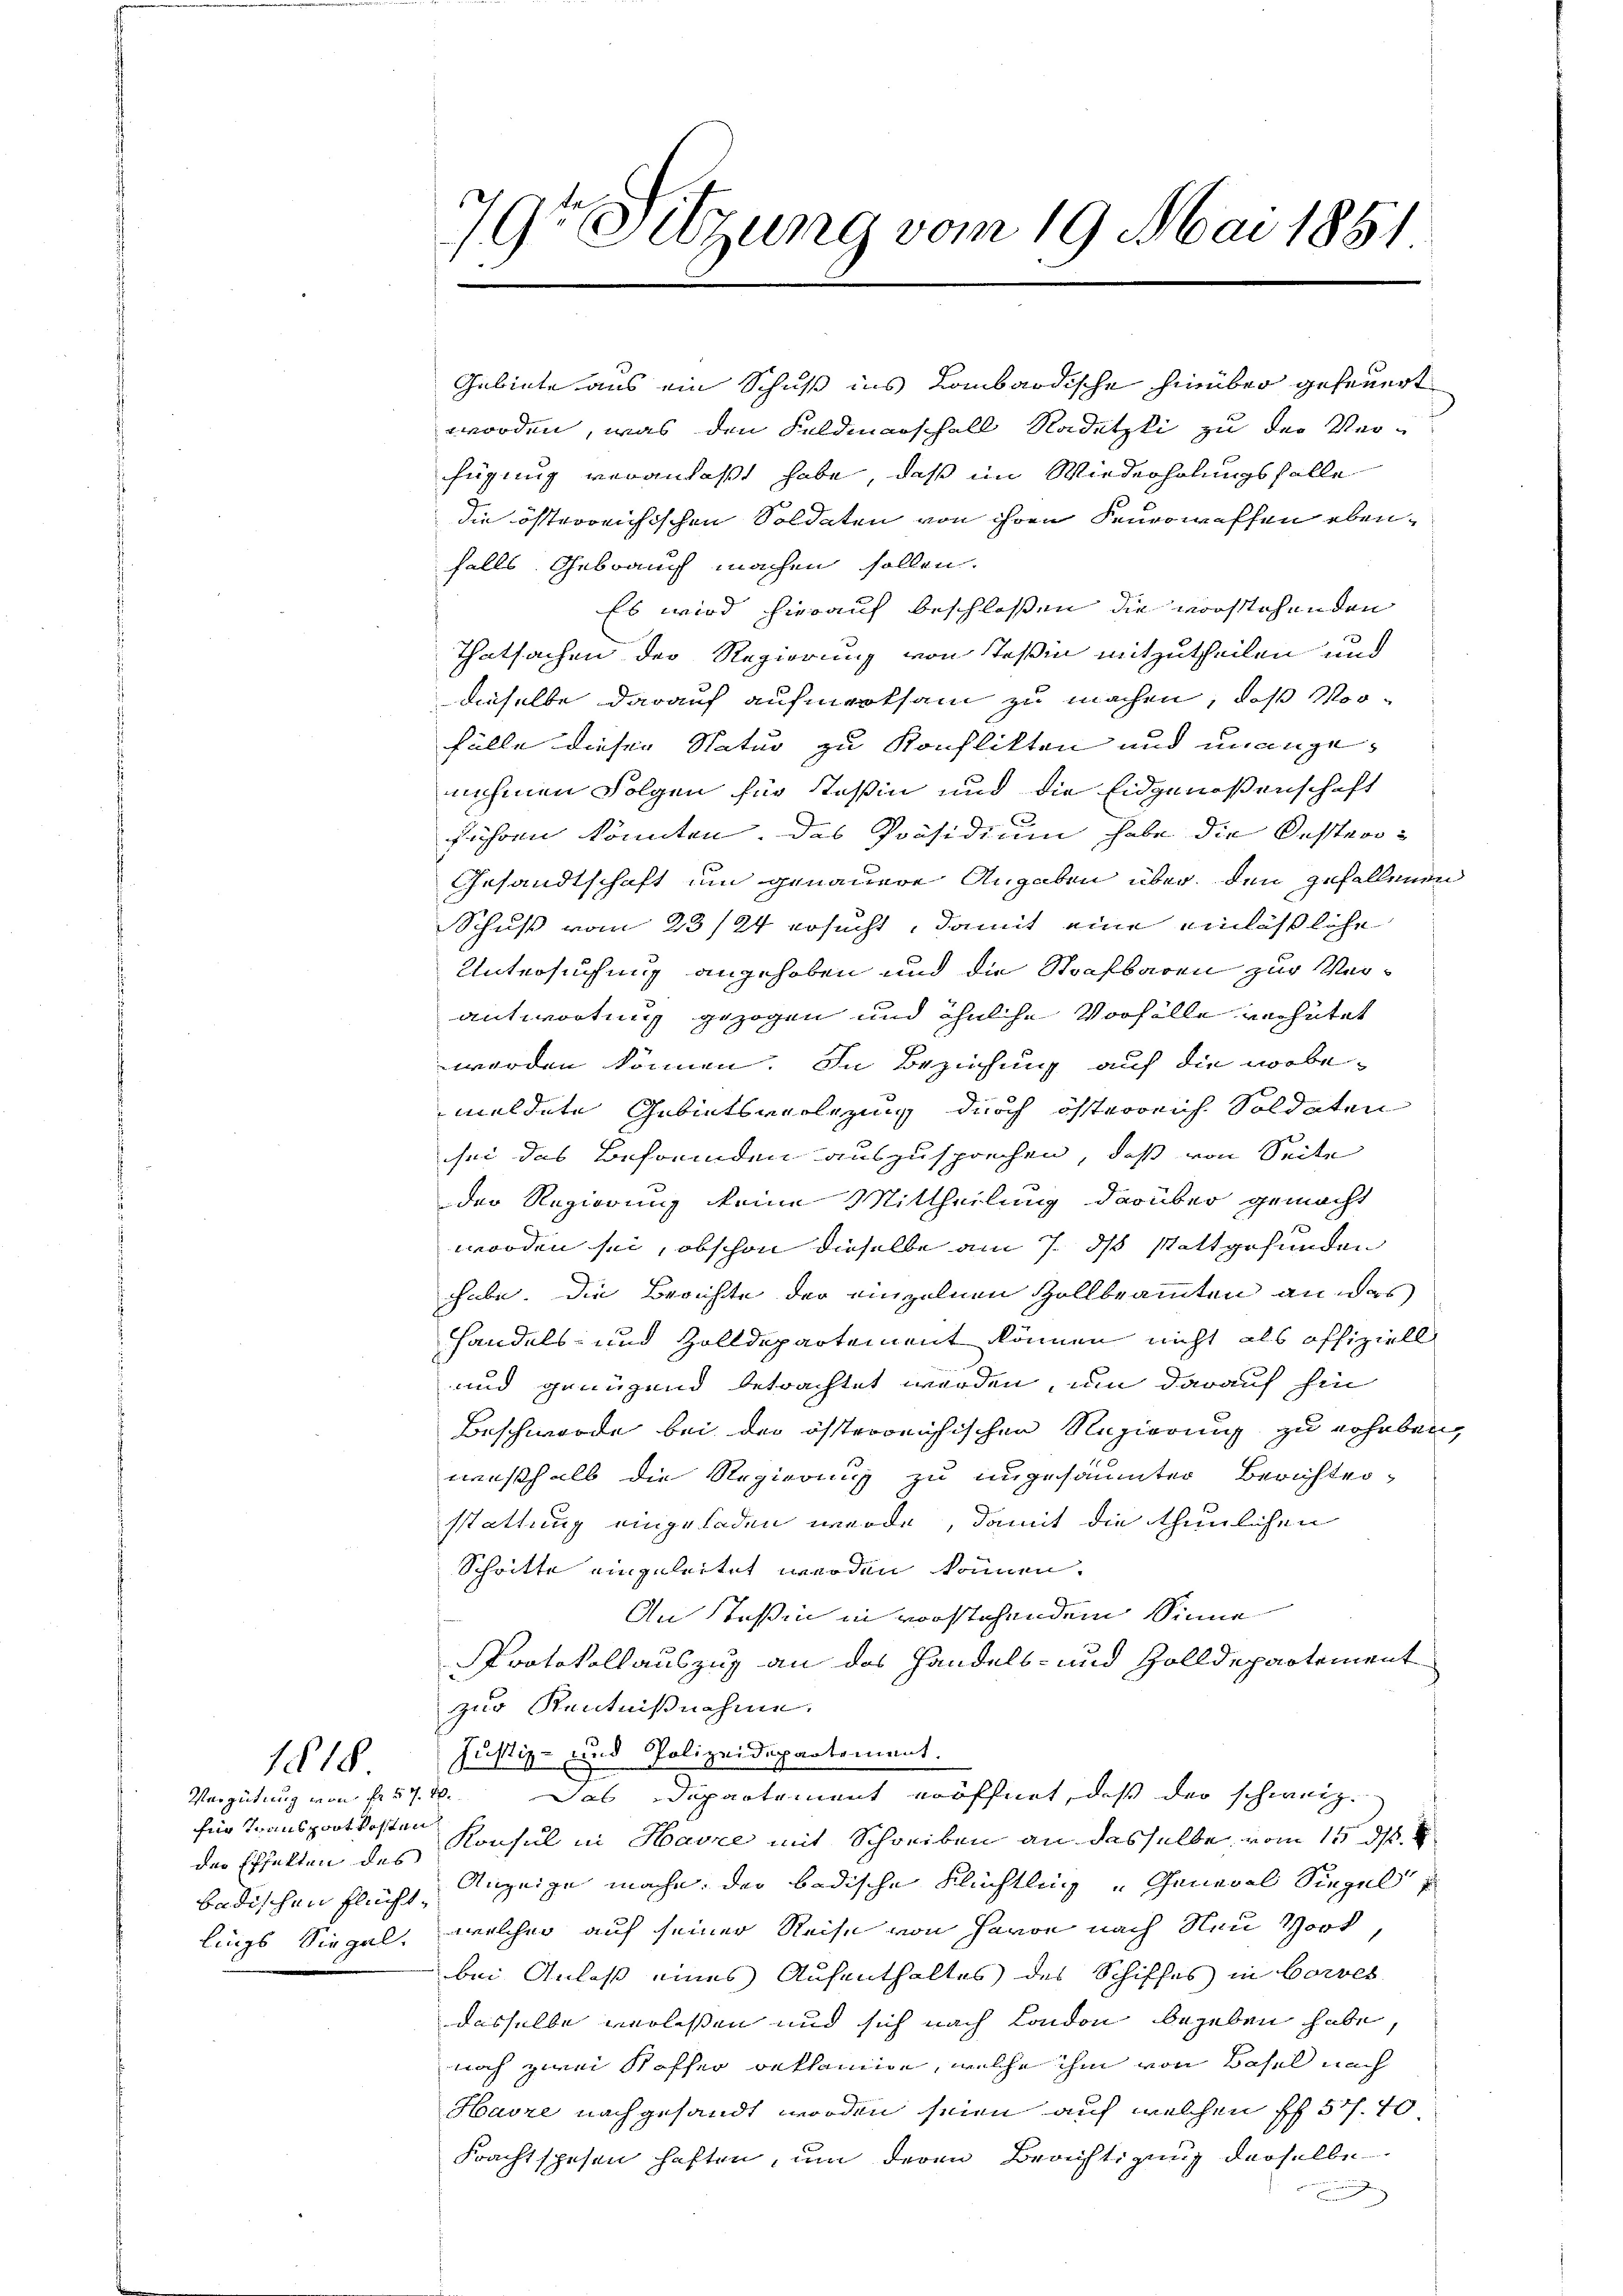
118

Vergütung von fr. 57. 20.
für Inansportkosten
der Effekten des
badischen Flüchtlings Siegel.

7r Sitzung vom 19. Mai 1851

Gabinte aus ein Schuß ins Lombardische hinüber gefeuert
worden, was den Feldmarschall Nadetzli zu der Ver-
fügung veranlaßt habe, daß im Wiederholungsfalle
die österreichischen Soldeten von ihren Feurowreffen ebenfalls Gebrauch machen sollen.
Es wird hierauf beschlossen die vorstehenden
Thatsachen der Regierung von Teßin mitzutheilen und
dieselbe darauf aufmerksam zu machen, daß Vorfälle dieser Natur zu Konflikten und unangenehmen Folgen für Tessin und die Eidgenoßenschaft
führen könnten. Das Präsidium habe die Oester¬
Gesandtschaft um genauere Angaben über den gefallenen
Schuß vom 23/24 ersucht, damit eine einlässliche
Untersuchung angehoben und die Strafbaren zur Verantwortung gezogen und ähnliche Vorfälle verhütet
werden können. In Beziehung auf die vorbemeldete Gebietsverlegung durch österreich Soldaten
sei das Befremden auszusprechen, daß von Seite
der Regierung keine Mittheilung darüber gemacht
worden sei, obschon dieselbe am 7. ds stattgefunden
hhabe. Die Berichte der einzelnen Zollbeamten an das
Handels- und Zolldepartement können nicht als offiziell
und genügend betrachtet werden, um darauf hin
Beschwerde bei der österreichischen Regierung zu erhaben,
weßhalb die Regierung zu ungesäumter Berichten,
stattung eingeladen werde, damit die thunlichen
Schritte eingeleitet werden können.
An Teßin in vorstehendem Sinne
Protokollauszug an das Handels- und Zolldepartement
zur Kenntnißnahme.
Justiz- und Polizeidepartement.
Das Departement eröffnet, daß der schweiz.
Konsul in Havre mit Schreiben an dasselbe vom 15. ds.
Anzeige mache, der badische Flüchtling General Siegel
welcher auf seiner Reise von Herrn nach Neu Vort,
bei Anlaß eines Aufenthaltes des Schiffes in Corves
dasselbe verlissen und sich nach London begeben habe,
noch zur Koffer beklamie, welche ihm von Basel nach
Harze nachgesandt worden seien auf welchen Pf. 54. 70
Frachtspesen haften, um deren Berichtigung derselbe